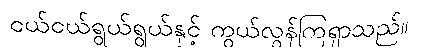
ငယ်ငယ်ရွယ်ရွယ်နှင့် ကွယ်လွန်ကြရှာသည်။